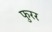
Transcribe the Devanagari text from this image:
फुरर